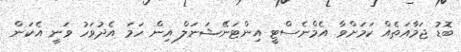
ބޮޑު ޖަމާއަތެއް ކަމަށްވާ އެމްނެސްޓީ އިންޓަނޭޝަނަލް އިން ހަމަ އެދުވަހު ވަނީ އެކަން